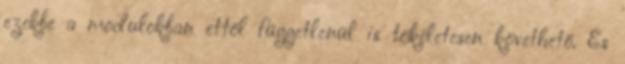
ezekbe a modulokban ettől függetlenül is tökéletesen követhető. És